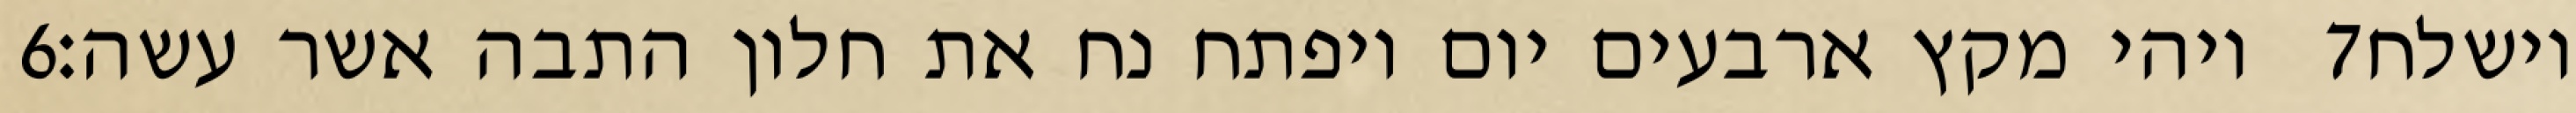
‎6‏ ויהי מקץ ארבעים יום ויפתח נח את חלון התבה אשר עשה׃ ‎7‏ וישלח